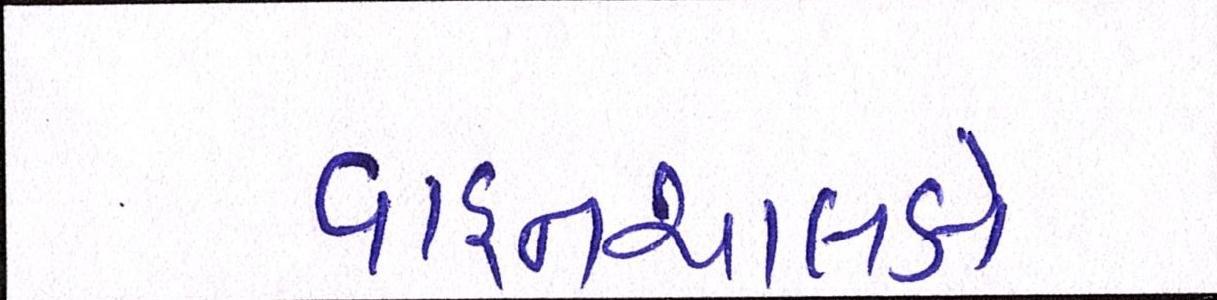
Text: વાહનચાલકો